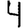
Digit: 4